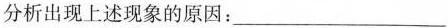
分析出现上述现象的原因：___